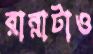
রান্নাটাও